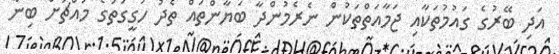
އަދި ބޭރުގެ ގައުމުތަކާއި ޖަމާއަތްތަކުން ނެރެމުންދާ ބަޔާންތައް ތެދު ހަގީގަތުގެ މައްޗަށް ބިނާ